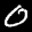
Label: 0